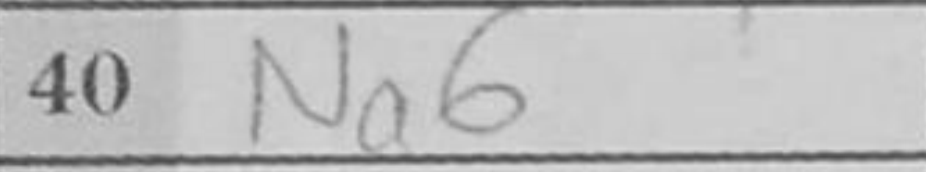
Transcription: Na6